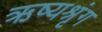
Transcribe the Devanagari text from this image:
ऋष्यश्रृंग